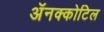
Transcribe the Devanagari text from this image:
अॅनक्कोटिल